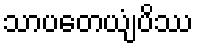
သာပတေယျံပိဿ